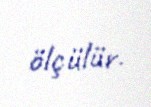
ölçülür.